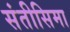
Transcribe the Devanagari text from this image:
संतीसिमा